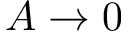
A \rightarrow 0